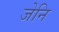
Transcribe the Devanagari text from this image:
जेनि